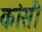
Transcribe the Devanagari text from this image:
कांसी